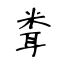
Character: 𥹢